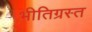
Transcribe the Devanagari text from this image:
भीतिग्रस्त